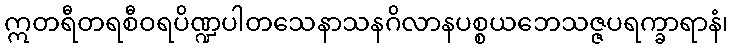
ဣတရီတရစီဝရပိဏ္ဍပါတသေနာသနဂိလာနပစ္စယဘေသဇ္ဇပရက္ခာရာနံ၊